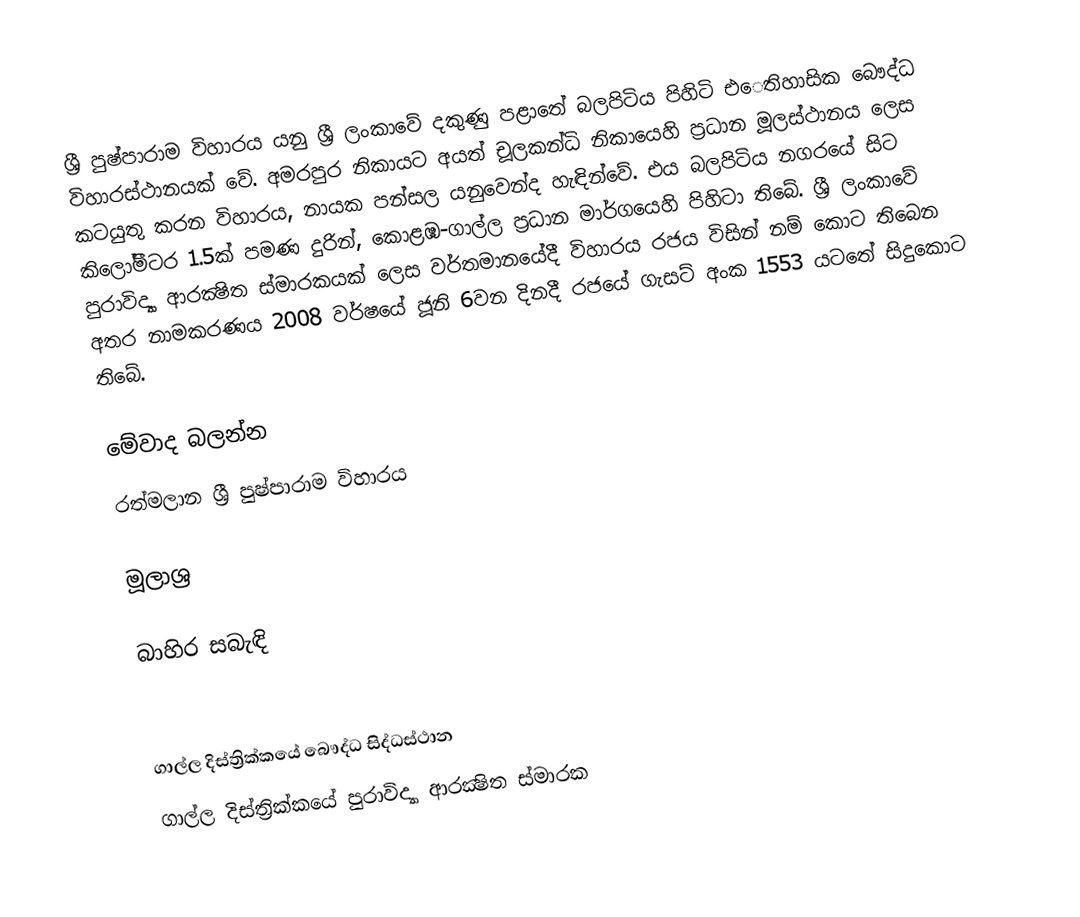
ශ්‍රී පුෂ්පාරාම විහාරය යනු ශ්‍රී ලංකාවේ දකුණු පළාතේ බලපිටිය පිහිටි එෙතිහාසික බෞද්ධ විහාරස්ථානයක් වේ. අමරපුර නිකායට අයත් චූලකන්ධි නිකායෙහි ප්‍රධාන මූලස්ථානය ලෙස කටයුතු කරන විහාරය, නායක පන්සල යනුවෙන්ද හැඳින්වේ. එය බලපිටිය නගරයේ සිට කිලෝමීටර 1.5ක් පමණ දුරින්, කොළඹ-ගාල්ල ප්‍රධාන මාර්ගයෙහි පිහිටා තිබේ. ශ්‍රී ලංකාවේ පුරාවිද්‍යා ආරක්‍ෂිත ස්මාරකයක් ලෙස වර්තමානයේදී විහාරය රජය විසින් නම් කොට තිබෙන අතර නාමකරණය 2008 වර්ෂයේ ජූනි 6වන දිනදී රජයේ ගැසට් අංක 1553 යටතේ සිදුකොට තිබේ.

මේවාද බලන්න
රත්මලාන ශ්‍රී පුෂ්පාරාම විහාරය

මූලාශ්‍ර

බාහිර සබැඳි

ගාල්ල දිස්ත්‍රික්කයේ බෞද්ධ සිද්ධස්ථාන
ගාල්ල දිස්ත්‍රික්කයේ පුරාවිද්‍යා ආරක්‍ෂිත ස්මාරක